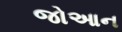
જોઆન